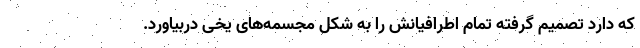
که دارد تصمیم گرفته تمام اطرافیانش را به شکل مجسمه‌های یخی دربیاورد.